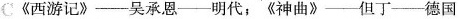
C《西游记》——吴承恩——明代；《神曲》——但丁——德国